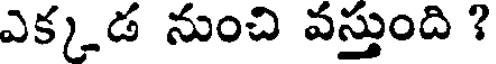
ఎక్కడ నుంచి వస్తుంది ?